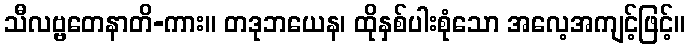
သီလဗ္ဗတေနာတိ-ကား။ တဒုဘယေန၊ ထိုနှစ်ပါးစုံသော အလေ့အကျင့်ဖြင့်။